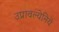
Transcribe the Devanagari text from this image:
उप्रावल्येनिये